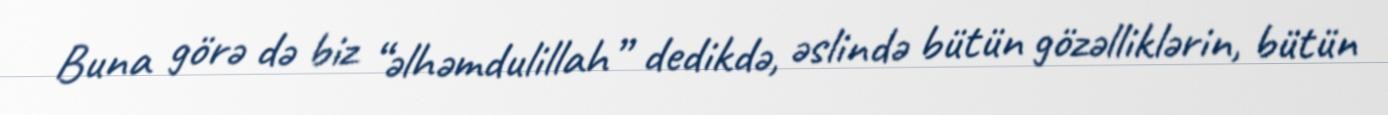
Buna görə də biz “əlhəmdulillah” dedikdə, əslində bütün gözəlliklərin, bütün